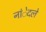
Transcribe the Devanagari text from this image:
नांेदले